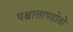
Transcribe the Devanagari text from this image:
पश्चात्तापहोतो